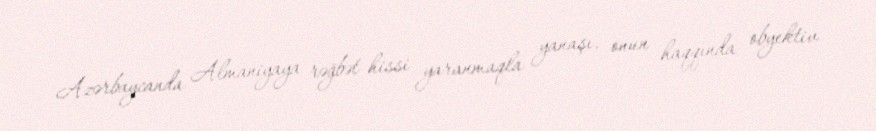
Azərbaycanda Almaniyaya rəğbət hissi yaranmaqla yanaşı, onun haqqında obyektiv